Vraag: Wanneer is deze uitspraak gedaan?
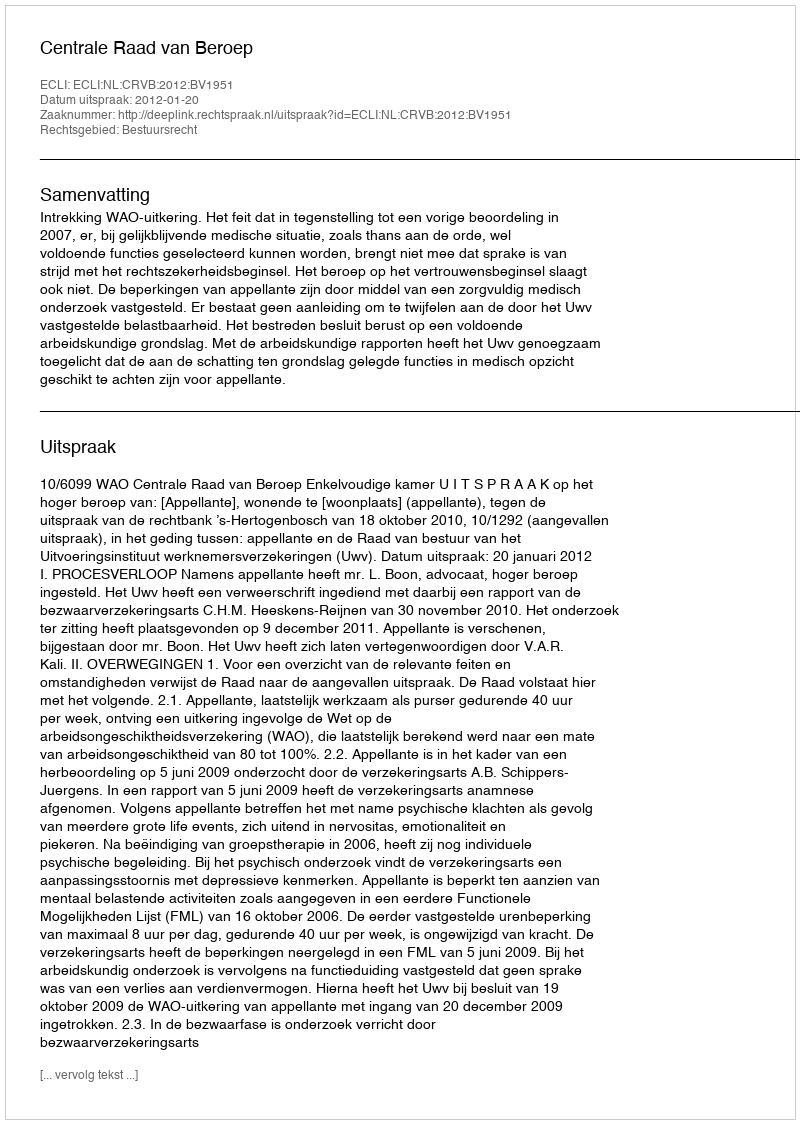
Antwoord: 2012-01-20